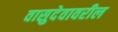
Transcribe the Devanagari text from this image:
वासुदेवावरील